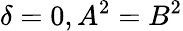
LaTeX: \delta=0,A^{2}=B^{2}